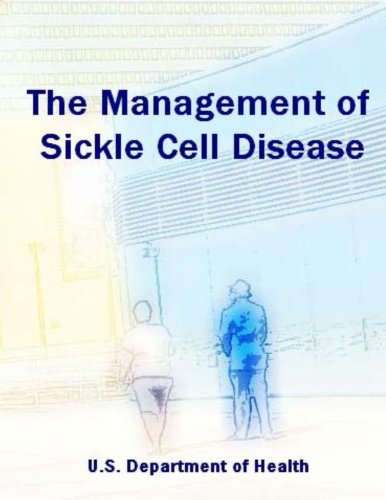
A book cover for The Management of Sickle Cell Disease; U.S. Department of Health; Health, Fitness & Dieting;